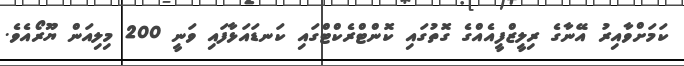
ކަމަށްވާއިރު އޭނާގެ ރިލީޒްފީއެއްގެ ގޮތުގައި ކޮންޓްރެކްޓްގައި ކަނޑައަޅާފައި ވަނީ 200 މިލިއަން ޔޫރޯއެވެ.